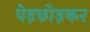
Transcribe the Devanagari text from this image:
पेड़छोड़कर